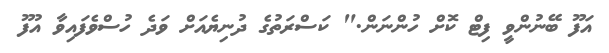
އަފޫ ބޭނުންވީ ފިޓް ކޮށް ހުންނަން." ކަސްރަތުގެ ދުނިޔެއަށް ވަދެ ހުސްވެފައިވާ އުފޫ